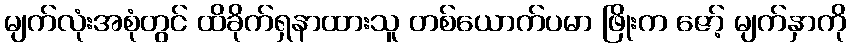
မျက်လုံးအစုံတွင် ထိခိုက်ရှနာထားသူ တစ်ယောက်ပမာ ဖြိုးက ဇော့် မျက်နှာကို